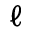
\ell